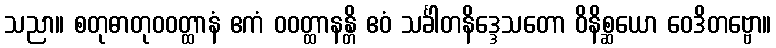
သညာ။ စတုဓာတုဝဝတ္ထာနံ ဧကံ ဝဝတ္ထာနန္တိ ဧဝံ သင်္ခါတနိဒ္ဒေသတော ဝိနိစ္ဆယော ဝေဒိတဗ္ဗော။